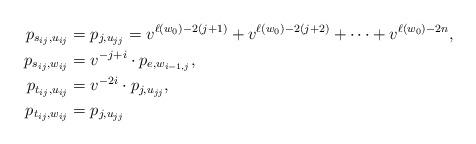
LaTeX: \begin{align*} p_{s_{ij}, u_{ij}} &= p_{j,u_{jj}} = v^{\ell(w_0) - 2(j+1)} + v^{\ell(w_0) - 2(j+2)} + \cdots + v^{\ell(w_0) - 2n} , \\ p_{s_{ij}, w_{ij}} &= v^{-j+i} \cdot p_{e,w_{i-1,j}} , \\ p_{t_{ij}, u_{ij}} &= v^{-2i} \cdot p_{j,u_{jj}} , \\ p_{t_{ij}, w_{ij}} &= p_{j,u_{jj}}\end{align*}